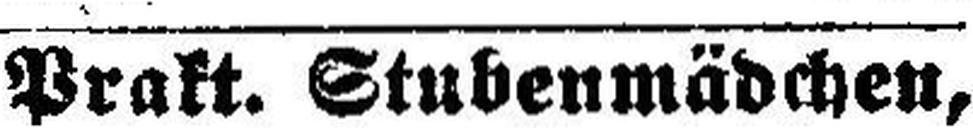
Prakt. Stubenmädchen,